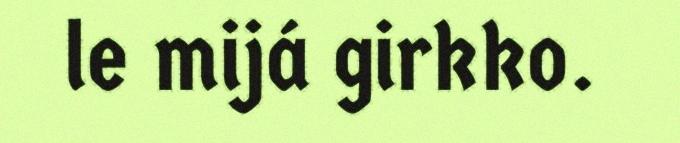
le mijá girkko.